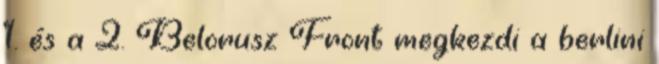
1. és a 2. Belorusz Front megkezdi a berlini